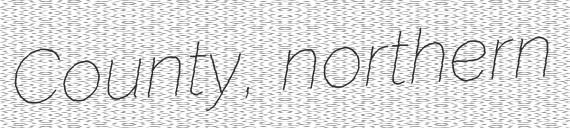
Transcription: County, northern